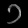
Digit: ၁